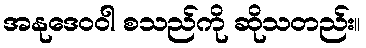
အနုဒေဝဝါ စသည်ကို ဆိုသတည်း။